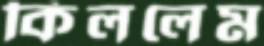
কিললেম